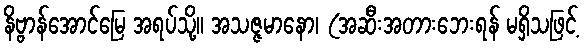
နိဗ္ဗာန်အောင်မြေ အရပ်သို့။ အသဇ္ဇမာနော၊ (အဆီးအတားဘေးရန် မရှိသဖြင့်